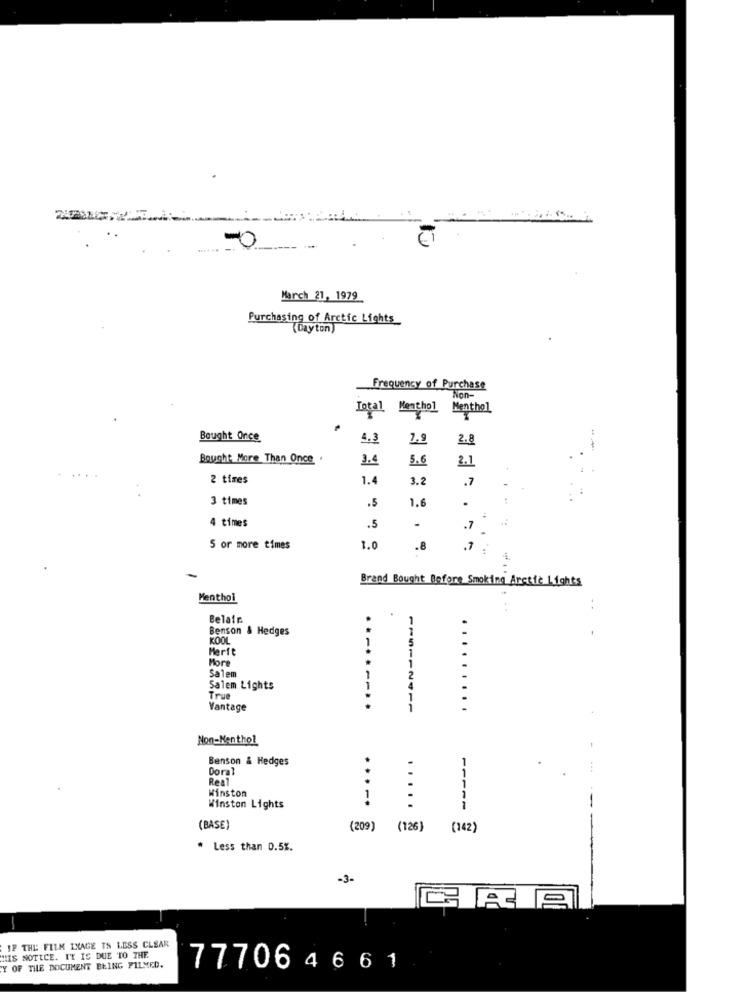
-0
March 21, 1979
Purchasing of Arctic Lights_
(Dayton)
Frequency of Purchase
Non-
Total Menthol Menthol
Bought Once
4.3
7.9
2.8
--
Bought More Than Once .
3.4
5.6
2.1
2 times
1.4
3.2
.7
3 times
.5
1.6
.
.5
4 times
.7
5 or more times
1.0
.8
.7 .
4.
Brand Bought Before Smoking Arctic Lights
Menthol
Belair
Benson & Hedges
KOOL
Merit
More
Salem
Salem Lights
True
Vantage
Non-Menthol
Benson & Hedges
Doral
Real
Winston
1
Winston Lights
1111-
(BASE)
(209) (126)
(142)
* Less than 0.5%.
-3-
IF THE FILM IXAGE TS LESS CLEAR
HIS NOTICE. IT IS DUE TO THE
Y OF THE DOCUMENT BEING PILMED.
77706 4661